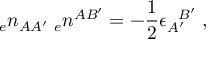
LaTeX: { _ { e } n _ { A A ^ { \prime } } } \; { _ { e } n ^ { A B ^ { \prime } } } = - { \frac { 1 } { 2 } } \epsilon _ { A ^ { \prime } } ^ { \; \; \; B ^ { \prime } } \; ,